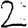
Digit: 2